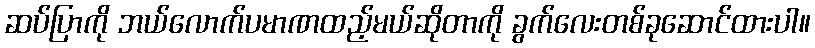
ဆပ်ပြာကို ဘယ်လောက်ပမာဏထည့်မယ်ဆိုတာကို ခွက်လေးတစ်ခုဆောင်ထားပါ။